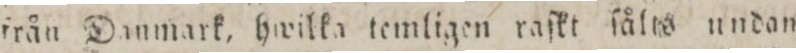
från Danmark, hwilka temligen raſkt ſålis undan